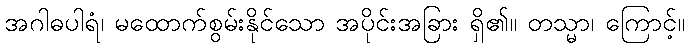
အဂါဓပါရံ၊ မထောက်စွမ်းနိုင်သော အပိုင်းအခြား ရှိ၏။ တသ္မာ၊ ကြောင့်။